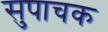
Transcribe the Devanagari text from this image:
सुपाचक